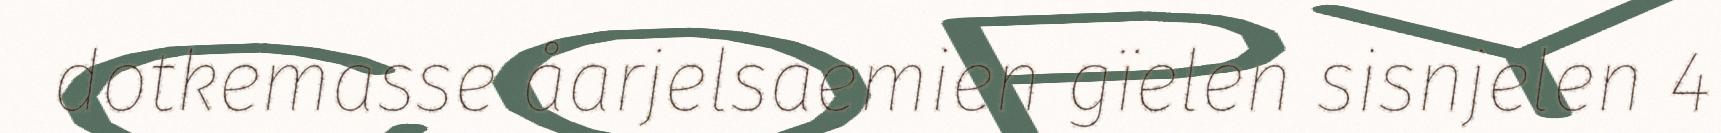
dotkemasse åarjelsaemien gïelen sisnjelen 4